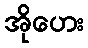
အိုဟေး